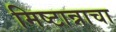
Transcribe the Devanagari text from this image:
मिष्टान्नाचा